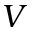
V